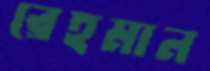
রেহমান